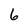
Character: 6